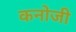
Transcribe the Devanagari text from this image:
कनोजी